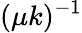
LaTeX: (\mu k)^{-1}